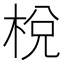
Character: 梲